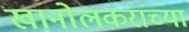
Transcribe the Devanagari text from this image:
खानोलकरांच्या